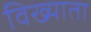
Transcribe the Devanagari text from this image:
विख्याता